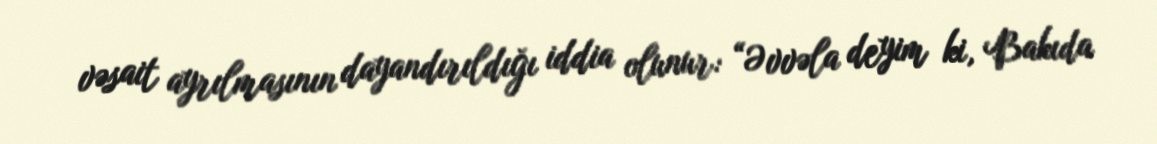
vəsait ayrılmasının dayandırıldığı iddia olunur: “Əvvəla deyim ki, Bakıda